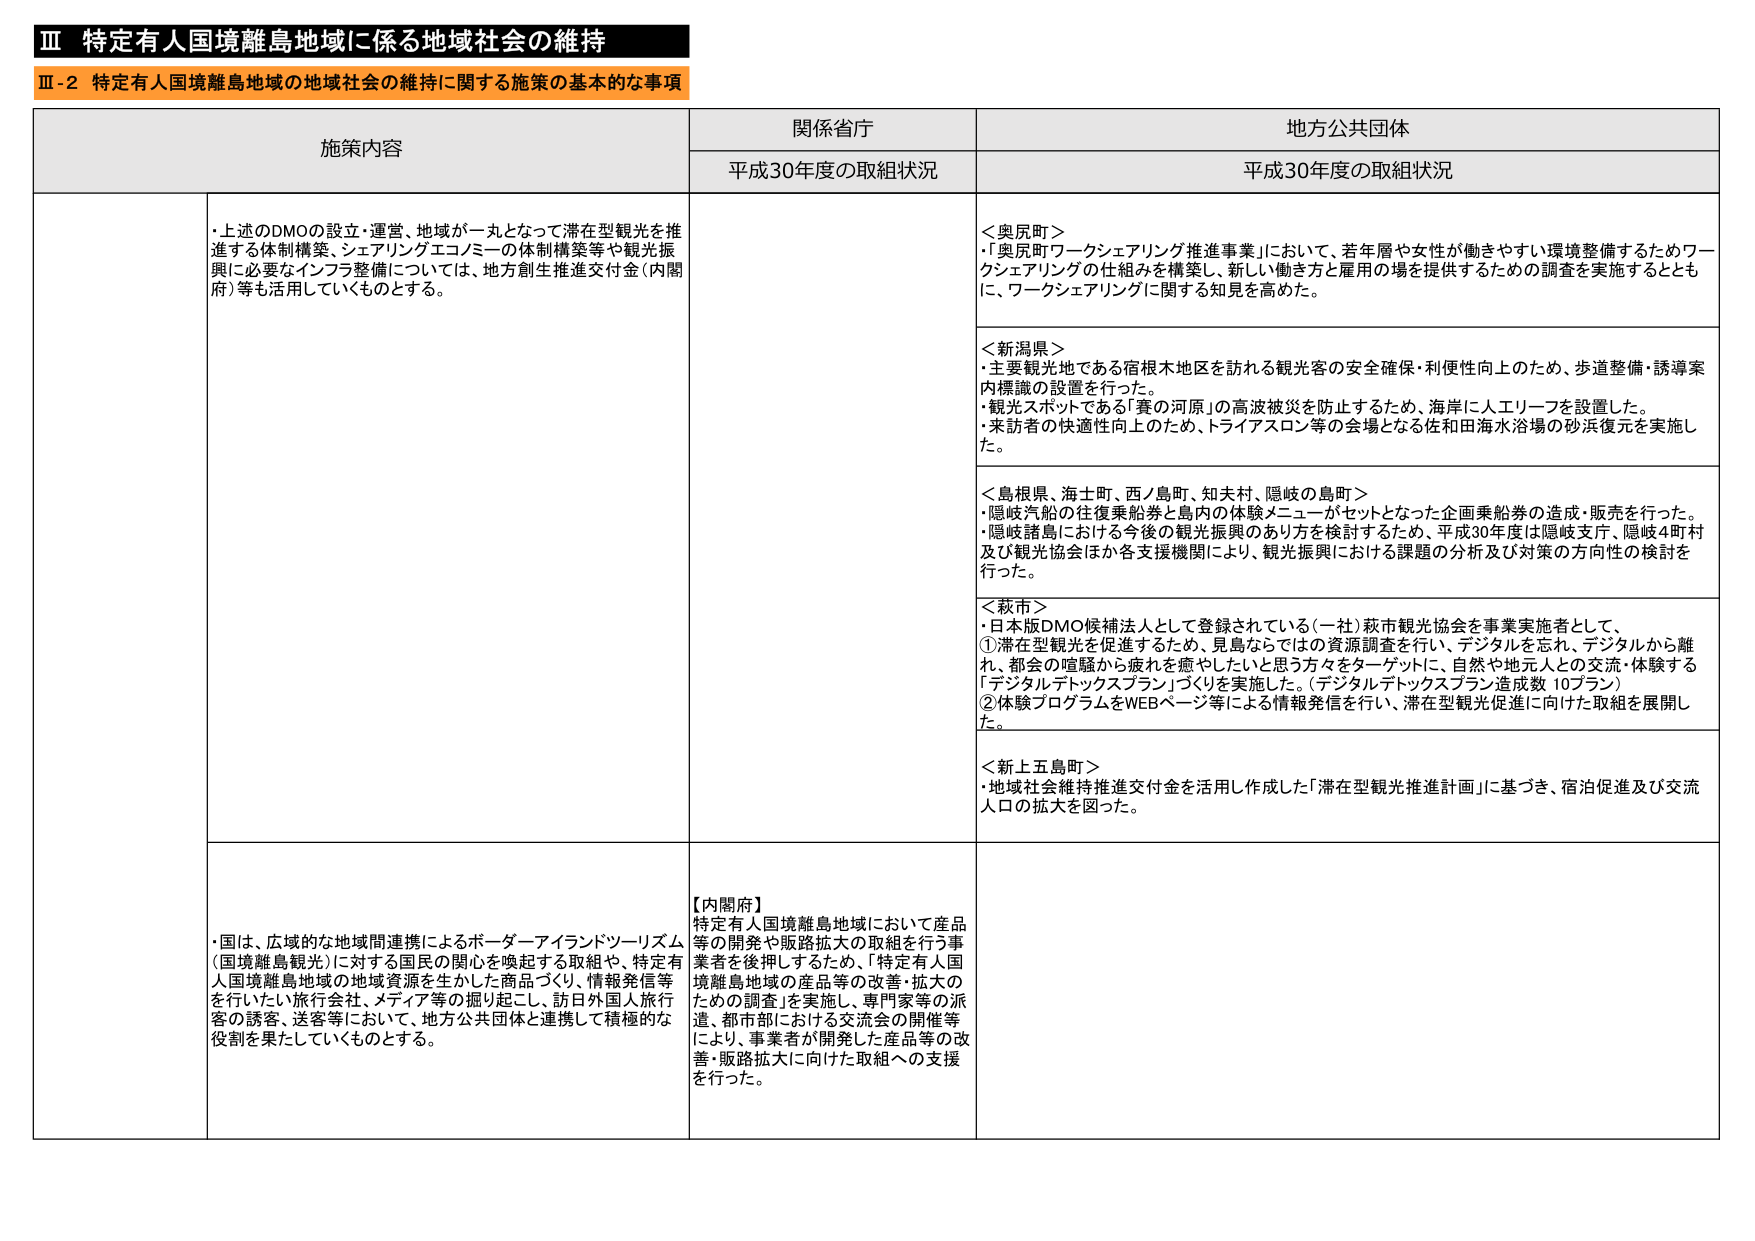
Ⅲ 特定有人国境離島地域に係る地域社会の維持
Ⅲ-2 特定有人国境離島地域の地域社会の維持に関する施策の基本的な事項

施策内容 関係省庁 地方公共団体
平成30年度の取組状況 平成30年度の取組状況

・上述のDMOの設立・運営、地域が一丸となって滞在型観光を推進する体制構築、シェアリングエコノミーの体制構築等や観光振興に必要なインフラ整備については、地方創生推進交付金（内閣府）等も活用していくものとする。

＜奥尻町＞
・「奥尻町ワークシェアリング推進事業」において、若年層や女性が働きやすい環境整備するためワークシェアリングの仕組みを構築し、新しい働き方と雇用の場を提供するための調査を実施するとともに、ワークシェアリングに関する知見を高めた。

＜新潟県＞
・主要観光地である宿根木地区を訪れる観光客の安全確保・利便性向上のため、歩道整備・誘導案内標識の設置を行った。
・観光スポットである「賽の河原」の高波被災を防止するため、海岸に人エリーフを設置した。
・来訪者の快適性向上のため、トライアスロン等の会場となる佐和田海水浴場の砂浜復元を実施した。

＜島根県、海士町、西ノ島町、知夫村、隠岐の島町＞
・隠岐汽船の往復乗船券と島内の体験メニューがセットとなった企画乗船券の造成・販売を行った。
・隠岐諸島における今後の観光振興のあり方を検討するため、平成30年度は隠岐支庁、隠岐4町村及び観光協会ほか各支援機関により、観光振興における課題の分析及び対策の方向性の検討を行った。

＜萩市＞
・日本版DMO候補法人として登録されている（一社）萩市観光協会を事業実施者として、
①滞在型観光を促進するため、見島ならではの資源調査を行い、デジタルを忘れ、デジタルから離れ、都会の喧騒から疲れを癒やしたいと思う方々をターゲットに、自然や地元人との交流・体験する「デジタルデトックスプラン」づくりを実施した。（デジタルデトックスプラン造成数 10プラン）
②体験プログラムをWEBページ等による情報発信を行い、滞在型観光促進に向けた取組を展開した。

＜新上五島町＞
・地域社会維持推進交付金を活用し作成した「滞在型観光推進計画」に基づき、宿泊促進及び交流人口の拡大を図った。

・国は、広域的な地域間連携によるボーダーアイランドツーリズム（国境離島観光）に対する国民の関心を喚起する取組や、特定有人国境離島地域の地域資源を生かした商品づくり、情報発信等を行いたい旅行会社、メディア等の掘り起こし、訪日外国人旅行客の誘客、送客等において、地方公共団体と連携して積極的な役割を果たしていくものとする。

【内閣府】
特定有人国境離島地域において産品等の開発や販路拡大の取組を行う事業者を後押しするため、「特定有人国境離島地域の産品等の改善・拡大のための調査」を実施し、専門家等の派遣、都市部における交流会の開催等により、事業者が開発した産品等の改善・販路拡大に向けた取組への支援を行った。